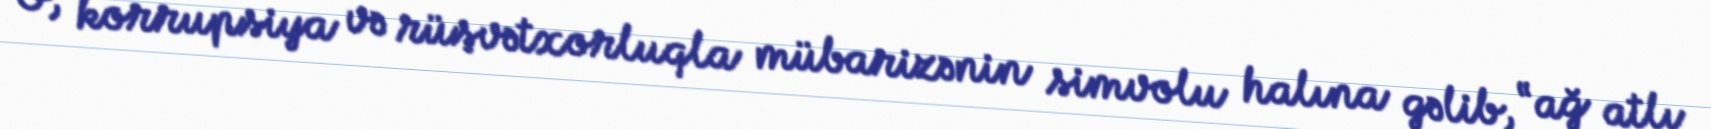
O, korrupsiya və rüşvətxorluqla mübarizənin simvolu halına gəlib, “ağ atlı